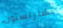
تشارلستون